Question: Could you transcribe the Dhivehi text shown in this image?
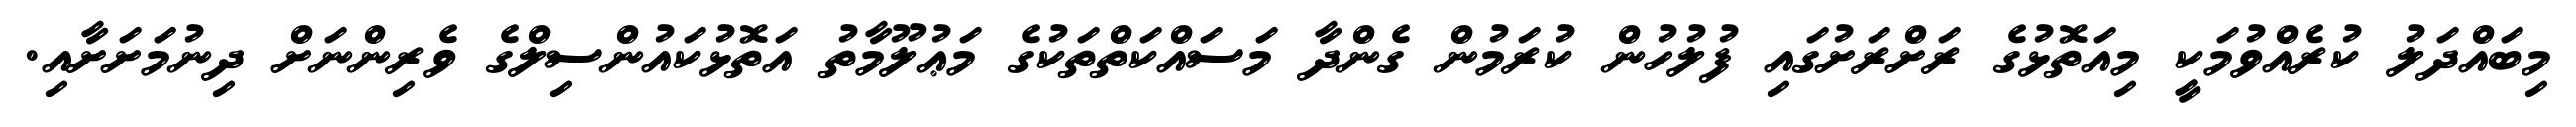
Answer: މިބައްދަލު ކުރެއްވުމަކީ މިއަތޮޅުގެ ރަށްރަށުގައި ފުލުހުން ކުރަމުން ގެންދާ މަސައްކަތްތަކުގެ މަޢުލޫމާތު އަތޮޅުކައުންސިލްގެ ވެރިންނަށް ދިނުމަށަށާއި.